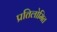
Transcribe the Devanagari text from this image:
प्रतिलोमित